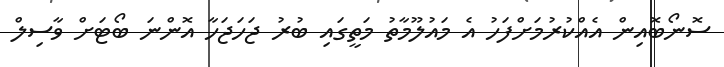
ސޮނޯބޮއިން އެއްކުރުމަށްފަހު އެ މައުލޫމާތު މަތީގައި ބުރު ޖަހަޖަހާ އޮންނަ ބޯޓަށް ވާސިލް